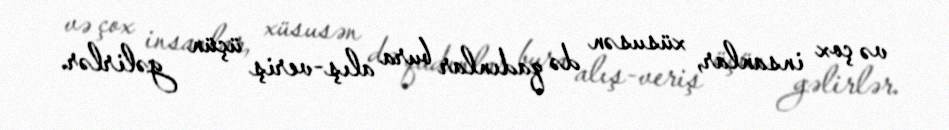
və çox insanlar, xüsusən də qadınlar bura alış-veriş üçün gəlirlər.